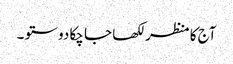
آج کا منظر لکھا جا چکا دوستو ۔